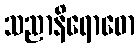
သညာနိရောဓော